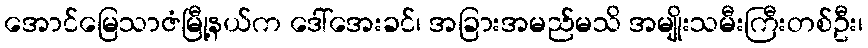
အောင်မြေသာဇံမြီု့နယ်က ဒေါ်အေးခင်၊ အခြားအမည်မသိ အမျိုးသမီးကြီးတစ်ဦး၊